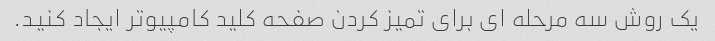
یک روش سه مرحله ای برای تمیز کردن صفحه کلید کامپیوتر ایجاد کنید.